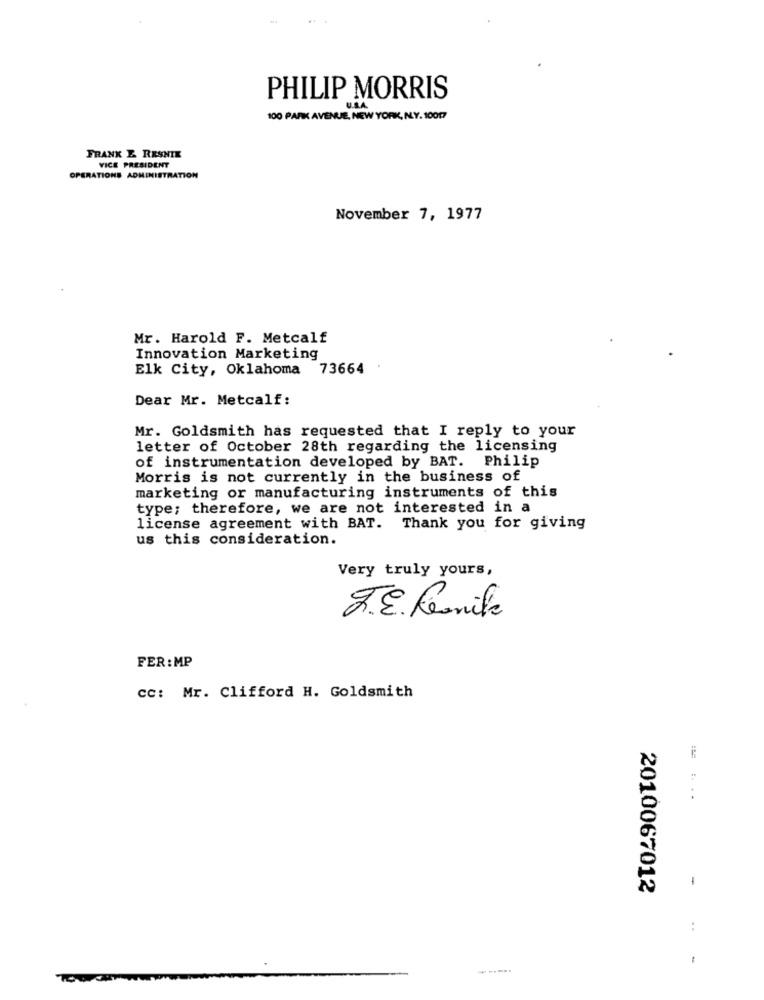
PHILIP MORRIS
100 PARK AVENUE, NEW YORK, N.Y. 10017
FRANK E RESNIE
VICE PRESIDENT
OPERATIONS ADMINISTRATION
November 7, 1977
Mr. Harold F. Metcalf
Innovation Marketing
Elk City, Oklahoma 73664
.
Dear Mr. Metcalf:
Mr. Goldsmith has requested that I reply to your
letter of October 28th regarding the licensing
of instrumentation developed by BAT. Philip
Morris is not currently in the business of
marketing or manufacturing instruments of this
type; therefore, we are not interested in a
license agreement with BAT. Thank you for giving
us this consideration.
Very truly yours,
J.E. Lesnike
FER:MP
cc: Mr. Clifford H. Goldsmith
-
2010067012
-----.
70